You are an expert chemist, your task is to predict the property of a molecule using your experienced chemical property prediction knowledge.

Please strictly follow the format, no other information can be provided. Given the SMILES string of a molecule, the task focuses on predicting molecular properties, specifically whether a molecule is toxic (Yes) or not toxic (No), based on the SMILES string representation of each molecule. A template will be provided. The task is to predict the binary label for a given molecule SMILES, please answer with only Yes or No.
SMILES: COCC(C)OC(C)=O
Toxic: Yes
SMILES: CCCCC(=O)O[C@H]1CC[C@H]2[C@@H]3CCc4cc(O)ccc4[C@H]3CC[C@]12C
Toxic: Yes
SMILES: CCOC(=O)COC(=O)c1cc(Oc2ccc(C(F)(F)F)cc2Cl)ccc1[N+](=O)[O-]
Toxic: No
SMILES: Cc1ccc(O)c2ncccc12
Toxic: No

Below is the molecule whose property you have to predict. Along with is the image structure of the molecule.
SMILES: Nc1ccc([N+](=O)[O-])c(C(F)(F)F)c1
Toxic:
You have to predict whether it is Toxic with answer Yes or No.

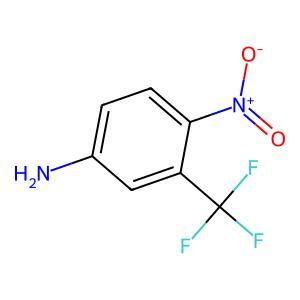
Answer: No